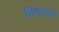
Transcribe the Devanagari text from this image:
छिद्रांचे